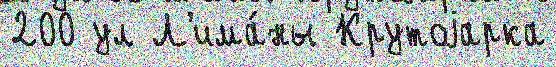
200 ул Л'има́ны Крутоjарка